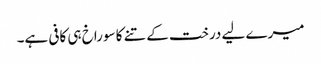
میرے لیے درخت کے تنے کا سوراخ ہی کافی ہے۔